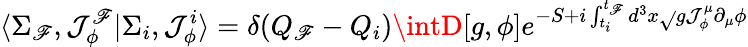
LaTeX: \langle\Sigma_{\mathscr{F}},\mathcal{J}_{\phi}^{\mathscr{F}}\vert\Sigma_{i},\mathcal{J}_{\phi}^{i}\rangle=\delta(Q_{\mathscr{F}}-Q_{i})\intD[g,\phi]{e^{-S+i\int_{t_{i}}^{t_{\mathscr{F}}}d^{3}x\sqrt{}{{g}}\mathcal{J}_{\phi}^{\mu}\partial_{\mu}\phi}}